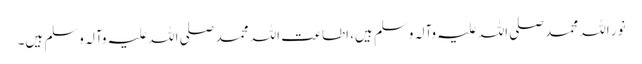
نور اللہ محمد صلی اللہ علیہ وآلہ وسلم ہیں، اطاعت اللہ محمد صلی اللہ علیہ وآلہ وسلم ہیں۔